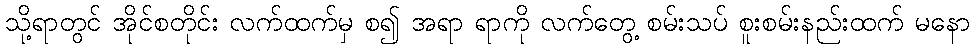
သို့ရာတွင် အိုင်စတိုင်း လက်ထက်မှ စ၍ အရာ ရာကို လက်တွေ့ စမ်းသပ် စူးစမ်းနည်းထက် မနော